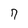
Character: 7